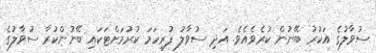
ސުވާލުގެ އަކުރު ބޭނުން ކުރެވެއެވެ. އަދި ސުވާލު ފުރިހަމަ ކުރުމަށްޓަކައި ބޭނުންކުރާ ސުވާލުގެ